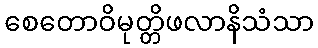
စေတောဝိမုတ္တိဖလာနိသံသာ